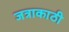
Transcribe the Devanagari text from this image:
जत्राकाठी